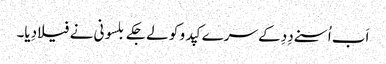
اَب اُسنے دِدِ کے سرے کپدو کو لے جکے بلسونی نے فیلا دِیا۔